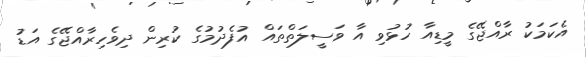
އެކަމަކު ރާއްޖޭގެ މީޑިއާ ހުޅުވި އާ ވަސީލަތްތައް އުފެދުމުގެ ކުރިން ދިވެހިރާއްޖޭގެ އަޑު